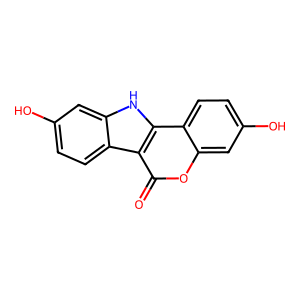
SMILES: O=c1oc2cc(O)ccc2c2[nH]c3cc(O)ccc3c12
Inhibits HIV replication: No